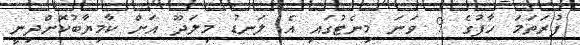
ފުރަތަމަ ހާފުގެ 9 ވަނަ މިނެޓުގައި އެ ލަނޑު މިލަދޫ އަށް ކާމިޔާބުކޮށްދިނީ